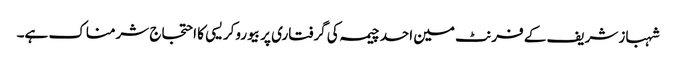
شہباز شریف کے فرنٹ مین احد چیمہ کی گرفتاری پر بیوروکریسی کا احتجاج شرمناک ہے۔